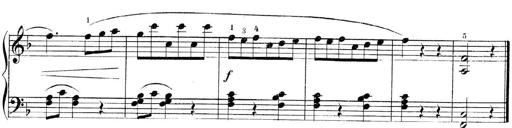
Title: 3 Piano Sonatinas
Composer: Paul Zilcher
Key: C major; G major; F major